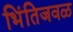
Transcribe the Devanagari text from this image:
भिंतिजवळ